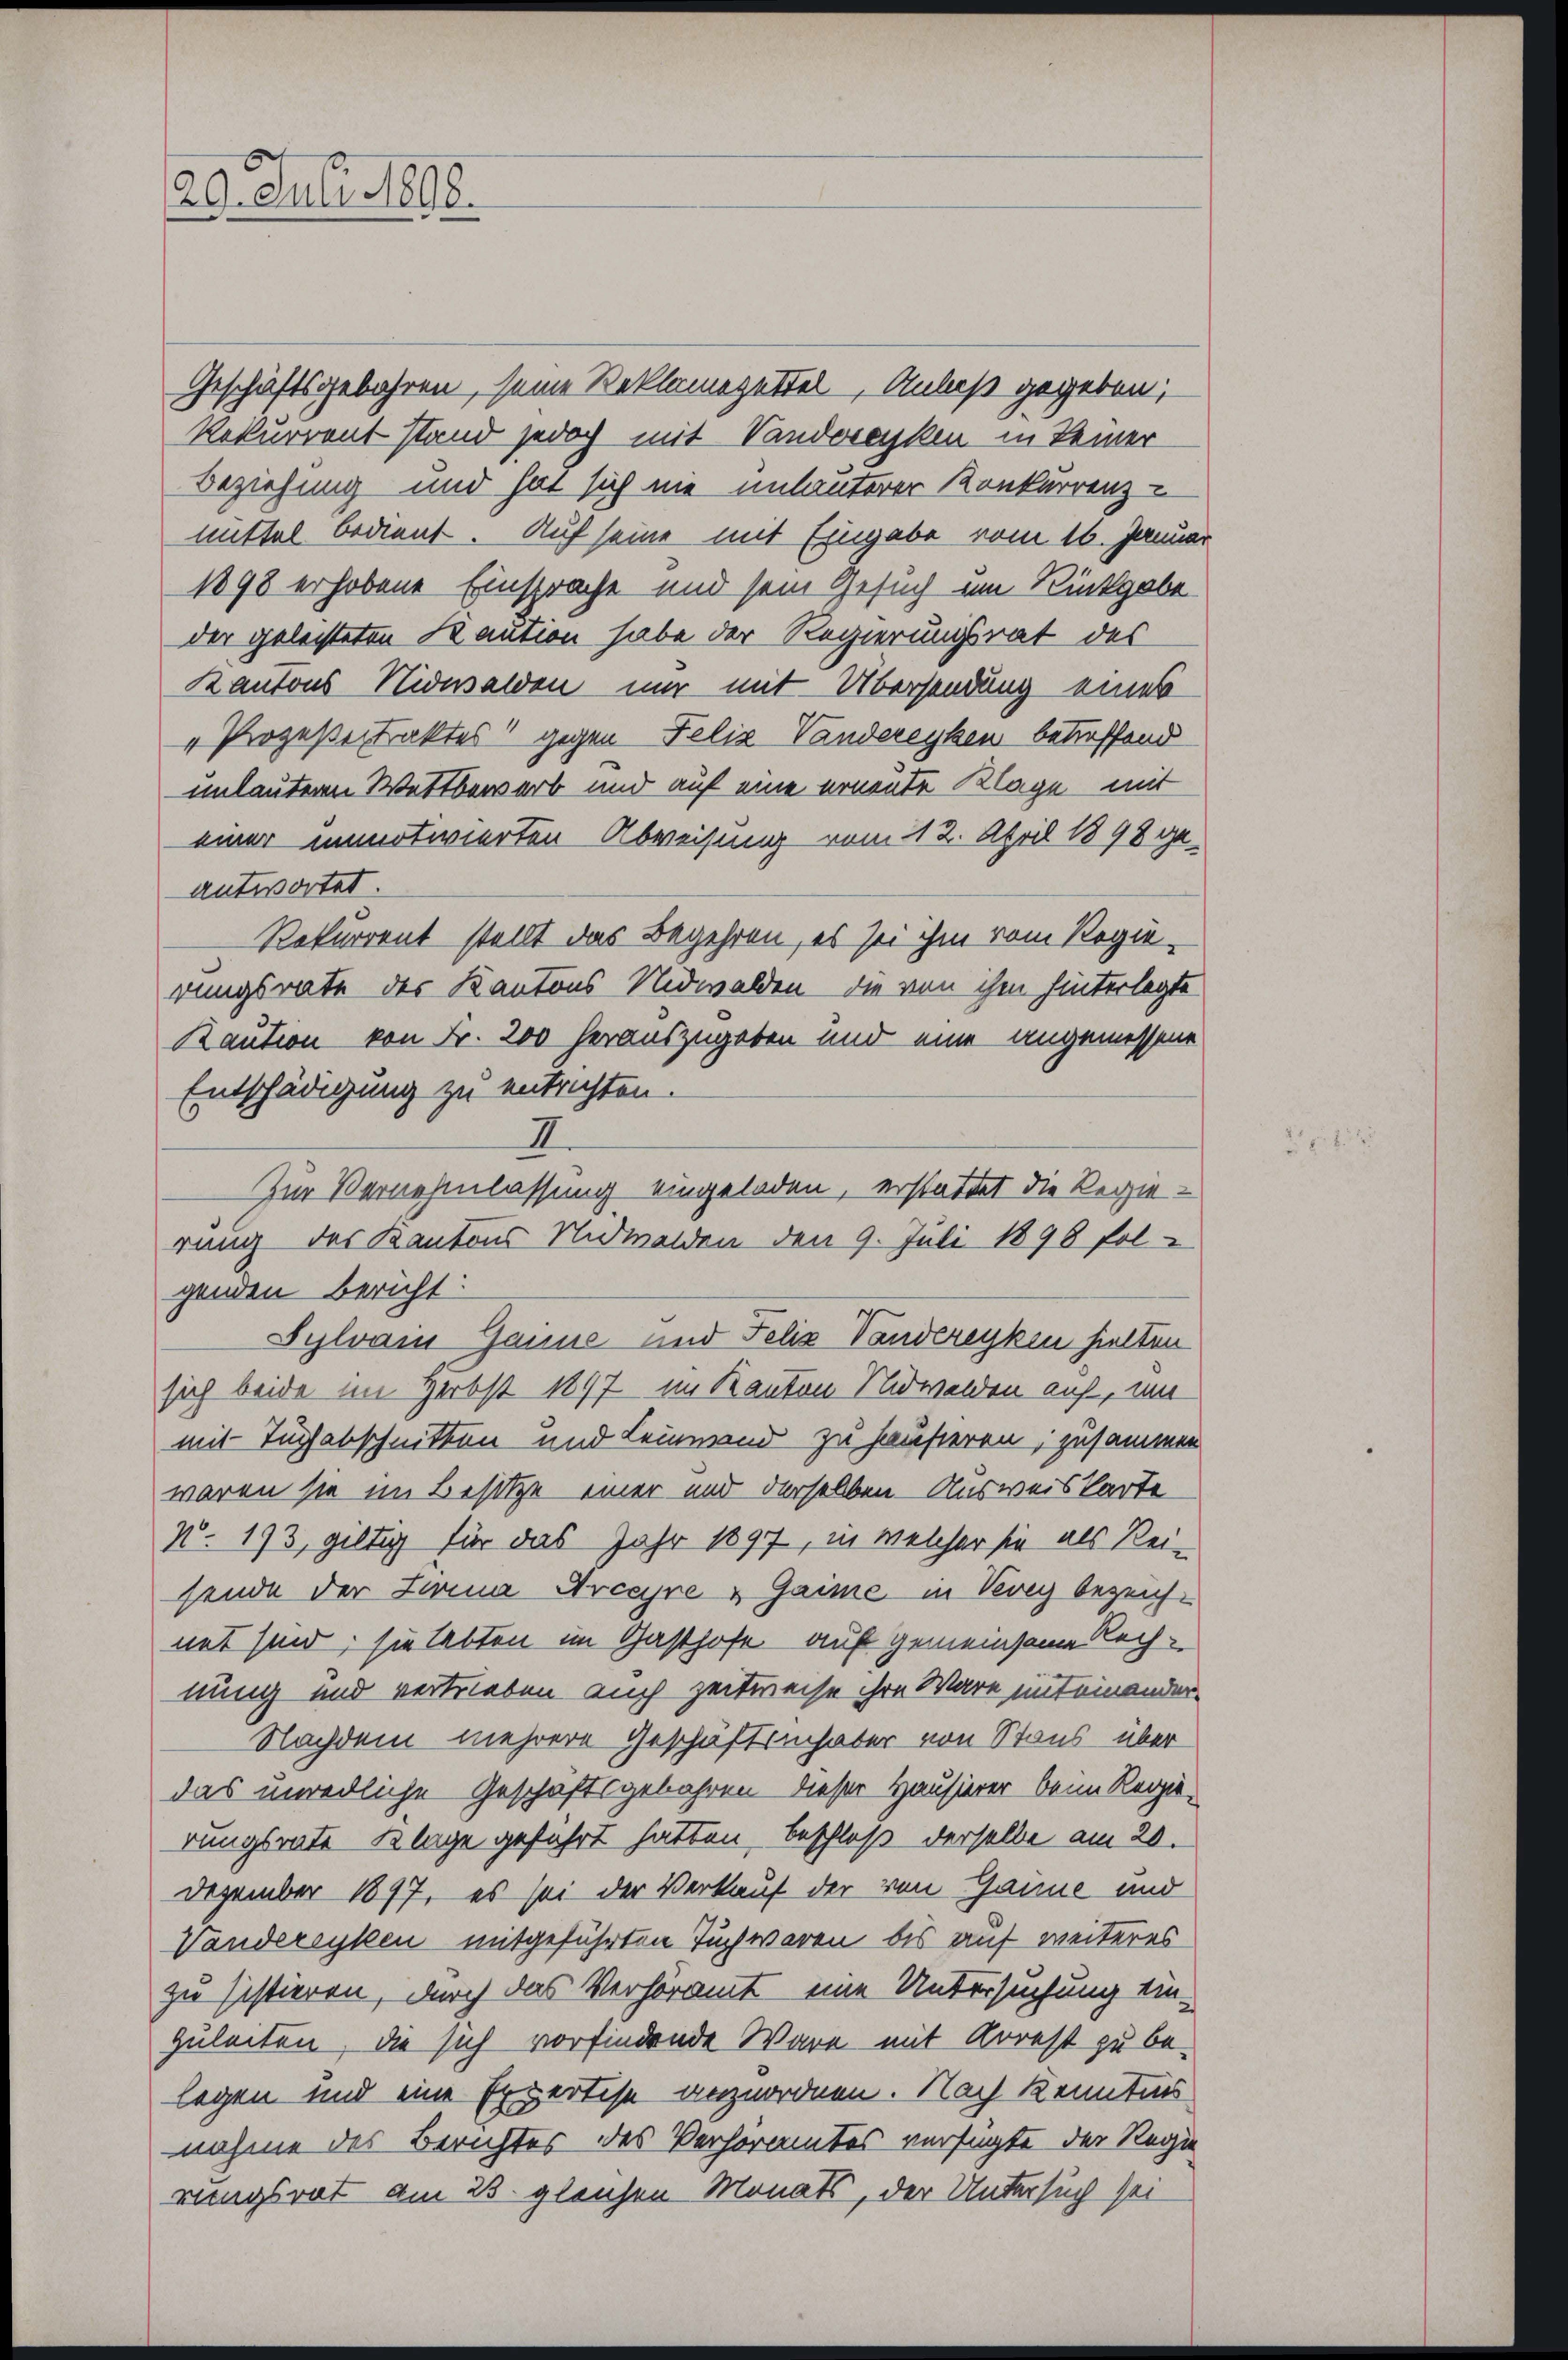
Geschäftsgebühren, seine Reklamezettel, Anlaß gegeben;
Rekurrent stand jedoch mit Vandorenken in keiner
Beziehung und hat sich nie unläuterer Konkurrenz-
mittel bedient. Auf seine mit Eingabe vom 16. Januar
1898 erhobene Einsprache und sein Gesuch im Rückgabe
der geleisteten Kaution habe der Regierungsrat des
Kantons Nidwalden nur mit Übersendung eines
" Prozeßestraktes gegen Felix Vandereyben betreffend
unlautern Wettbewerb und auf eine erneute Klage mit
einer unmotivierten Abweisung vom 12. April 1898 ge-
antwortet.
Rekurrent stellt das Begehren, es sei ihm vom Regierungsrate des Kantons Nidwalden, die von ihm hinterlegte
Kaution von Fr. 200 herauszugeben und eine angemessene
Entschädigung zu entrichten.
genden bericht:
Sylvain Gausse und Felix Vanderegken hielten
sich beide im Herbst 1897 im Kanton Nidwalden auf, wi
mit Tuchabschnitten und Leinwand zu hausieren, zusammen
waren sie im Besitze einer und derselben - Ausweis karte
No. 193, giltig für das Jahr 1897, in welcher sie als Rei-
sende der Zwina Arcaire & Gaime in Vevey bezeich-
net sind, sie lebten im Gasthofe auf gemeinsame Rechnung und vertrieben auch zeitweise ihre Wäre miteinander
Nachdem mehrere Geschäftsinhaber von Staus über
das unredliche Geschäftsgebühren dieser Hausierer beim Regie-
rungsrate Klage geführt hatten, beschloß derselbe am 20.
Dezember 1897, es sei der Verkauf der von Gaume und
Vandereyken mitgeführten Tuch waren bis auf weiteres
zu sistieren, durch das Verhöramt eine Untersuchung ein-
zuleiten, die sich vorfindende Wäre mit Arrest zu be-
legen und eine Expertise anzuordnen. Nach Kenntnis
nahme des Berichtes des Verhöramtes versagte der Regie
rungsrat am 23. gleichen Monats, der Untersuch sei

20. Juli 1898.

Zur Vernehmlassung eingeladen, erstattet die Regierung des Kantons Nidwalden den 9. Juli 1896 fol-

I